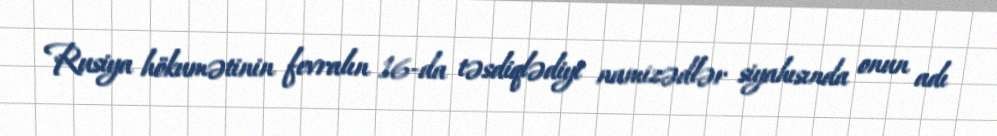
Rusiya hökumətinin fevralın 16-da təsdiqlədiyi namizədlər siyahısında onun adı